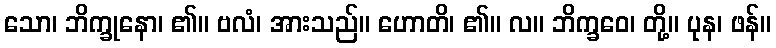
သော၊ ဘိက္ခုနော၊ ၏။ ဗလံ၊ အားသည်။ ဟောတိ၊ ၏။ လ။ ဘိက္ခဝေ၊ တို့။ ပုန၊ ဖန်။